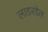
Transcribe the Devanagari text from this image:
लाडरडेल